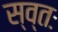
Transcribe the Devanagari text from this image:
स्व्तः